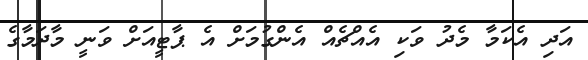
އަދި އެކަމާ މެދު ވަކި އެއްޗެއް އެންގުމަށް އެ ޕާޓީއަށް ވަނީ މާދަމާގެ